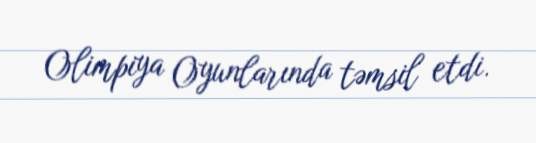
Olimpiya Oyunlarında təmsil etdi.